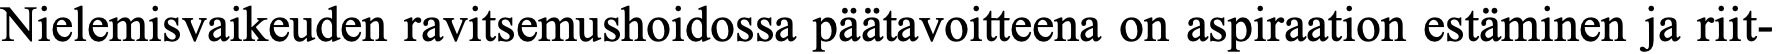
Nielemisvaikeuden ravitsemushoidossa päätavoitteena on aspiraation estäminen ja riit-